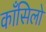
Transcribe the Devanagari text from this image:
काँसिलो